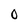
Character: 0